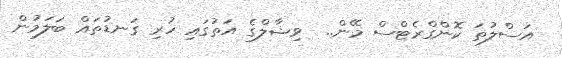
އަސްލުތަ ކޮންގްރެޓްސް މޭން..  ވިޝާލްގެ އަތުގައި ހުރި ގަނޑުތައް ބަލަމުން